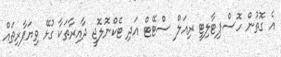
އެ ގޮތުން ހޮސްޕިޓާލިޓީ ރިއަލް ސްޓޭޓް އަދި ޓެކްނޮލޮޖީ ދާއިރާތަކާ ގުޅޭ ވިޔަފާރިތައް